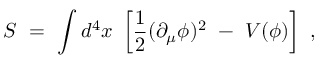
S ~ = ~ \int d ^ { 4 } x ~ \left[ \frac 1 2 ( \partial _ { \mu } \phi ) ^ { 2 } ~ - ~ V ( \phi ) \right] ~ ,